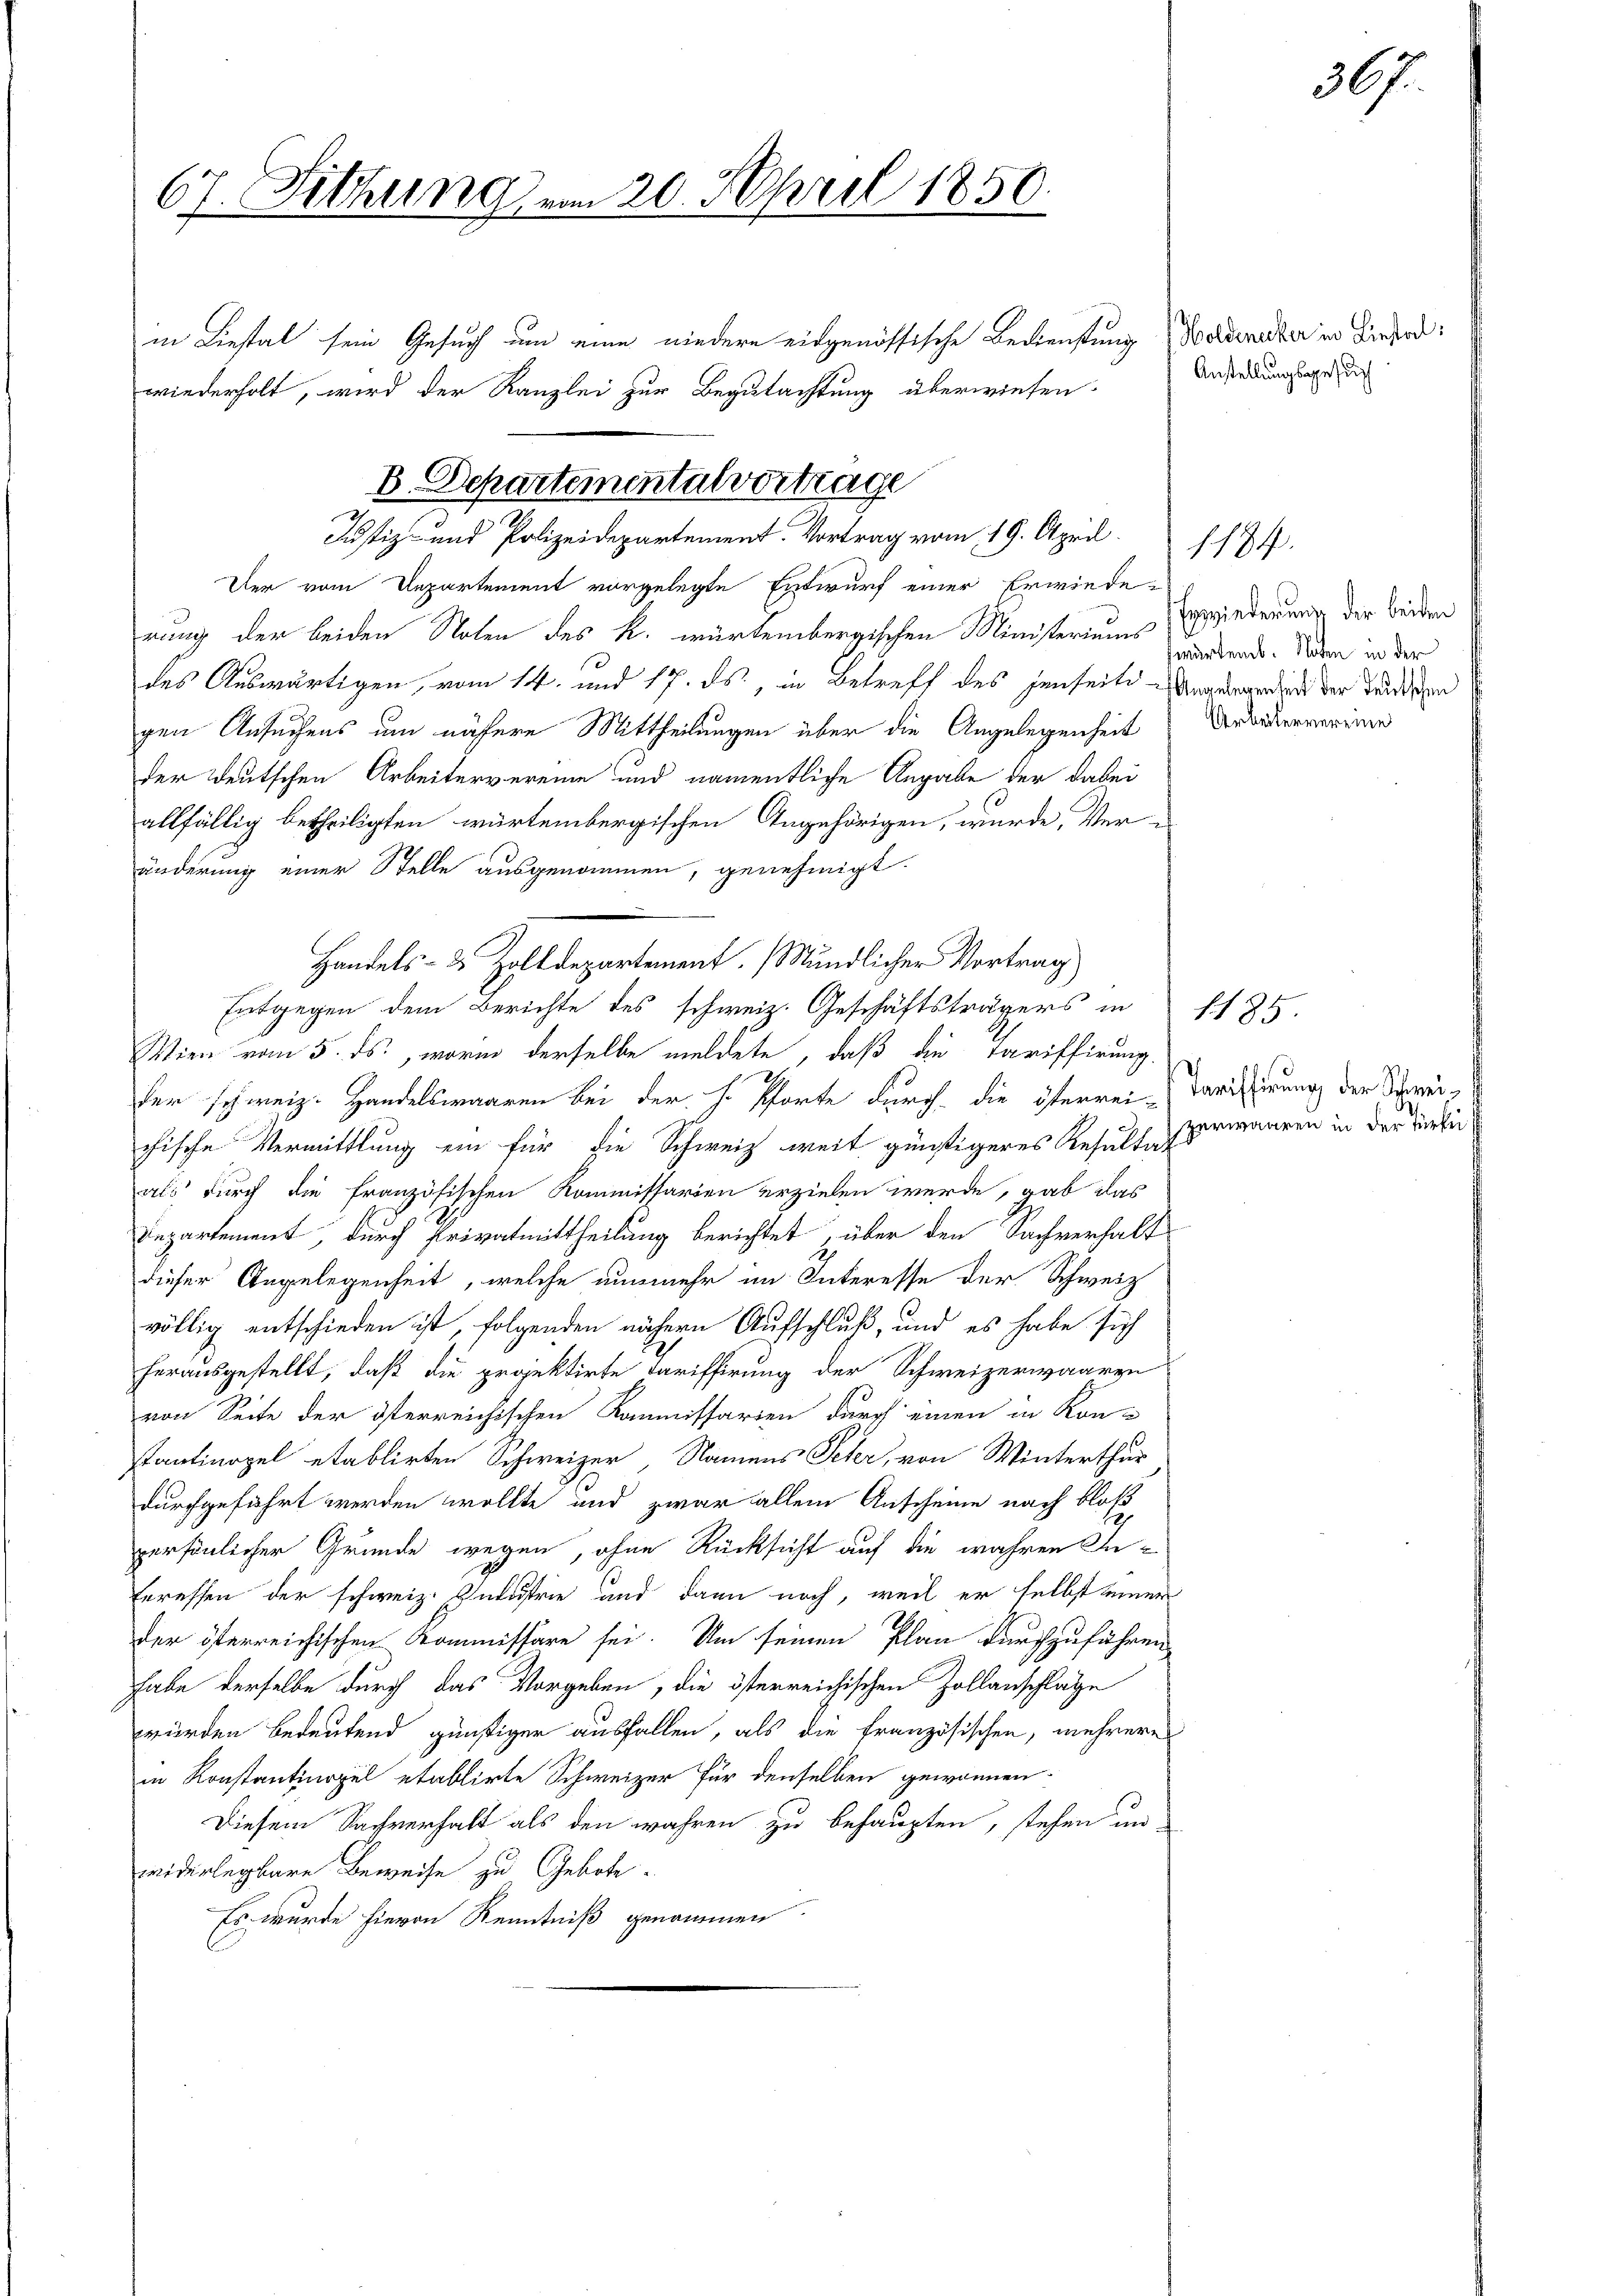
67. Sitzunge

in Liesal sein Gesuch um eine niedern eingenössische Bedienstung Waldenadter in Biefordwiederholt, wird der Kanzlei zur Begutachtung überwiesen.

B. Departementalvertrage
Justiz- und Polizeidepartement. Vortrag vom 19. April.

20. April 1850.
e

Der vom Departement vorgelegte Entwurf einer Erwiede-
rung der beiden Noten des k. würtembergischen Ministeriums vordend. Soden in der
des Auswärtigen, vom 14. und 17. ds., in Betreff des jenseite Angeberdiens der Teutschen
gen Ansuchens um nähere Mittheilungen über die Angelegenheit
der Deutschen Arbeitervereine und namentliche Angabe der dabei
allfällig betheiligten würtembergischen Angehörigen, wurde, Ver-
änderung einer Stelle ausgenommen, genehmigt.
Entgegen dem Berichte des schweiz. Geschäftsträgers in 1185.
Wien vom 5. ds., worin derselbe meldete, daß die Tariffirung,
der schweiz. Handelswaaren bei der H. Pforte durch die öferrei Tarisierung der Schreichische Vermittlung ein für die Schweiz weit günstigeres Resultermannen in der Verbei
als durch die französischen Kommissarien erzielen werde, gab das
Departement, durch Privatmittheilung berichtet, über den Sachverhalt
dieser Angelegenheit, welche nunmehr im Interesse der Schweiz
völlig entschieden ist, folgenden nähern Aufschluß, und es habe sich
herausgestellt, daß die projektirte Tariffirung der Schweizerwaaren
von Seite der österreichischen Kommissarien durch einen in Kon-
tantinopel etablirten Schweizer, Namens Peter, von Winterthur
durchgeführt werden wollte und zwar allein Anscheine nach bloß
persönlicher Gründe wegen, ohne Rücksicht auf die wahren Interessen der schweiz. Industrie und dann noch, weil er selbst einer
der österreichischen Kommissäre sei. Um seinen Plan durchzuführen
habe derselbe durch das Vorgeben, die österreichischen Zollanschläge
würden bedeutend günstiger ausfallen, als die Französischen, mehrere
in Konstantinopel etablirte Schweizer für denselben gewönnen.
Diesem Sachverhalt als den wahren zu behaupten, stehen un
widerlegbare Beweise zu Gebote.
Es wurde hievon Kenntniß genommen.

Handels- & Zolldepartement. (Mündlicher Vortrag

Anstellungsgesuch

1194.

Erwiederung der beiden
Arbeitervereine

367.